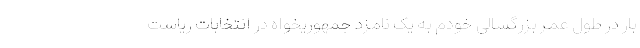
بار در طول عمر بزرگسالی خودم به یک نامزد جمهوریخواه در انتخابات ریاست